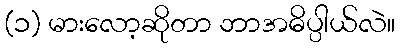
(၁) မားလော့ဆိုတာ ဘာအဓိပ္ပါယ်လဲ။